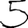
Digit: 5